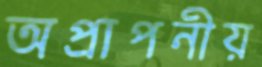
অপ্রাপনীয়